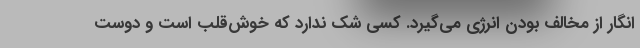
انگار از مخالف بودن انرژی می‌گیرد. کسی شک ندارد که خوش‌قلب است و دوست